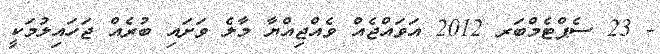
- 23 ސެޕްޓެމްބަރ 2012 އަވައްޖެއް ވެއްޖިއްޔާ މާލެ ވަށައި ބުރެއް ޖަހައިލުމަކީ